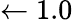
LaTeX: \leftarrow 1.0